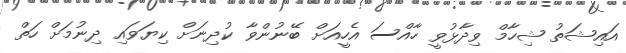
އައިޝަތު ޝިހާމް ވިދާޅުވީ ހާއްސަ އެހީއަށް ބޭނުންވާ ކުދިނަށް ކިޔަވައި ދިނުމަށް ހަތް